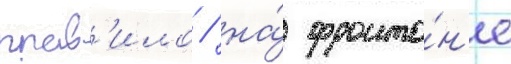
прав'ило / на́ фронто́н'е